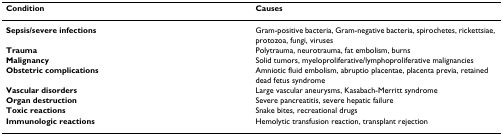
<table><thead><tr><td><b>Condition</b></td><td><b>Causes</b></td></tr></thead><tbody><tr><td><b>Sepsis/severe infections</b></td><td>Gram-positive bacteria, Gram-negative bacteria, spirochetes, rickettsiae, protozoa, fungi, viruses</td></tr><tr><td><b>Trauma</b></td><td>Polytrauma, neurotrauma, fat embolism, burns</td></tr><tr><td><b>Malignancy</b></td><td>Solid tumors, myeloproliferative/lymphoproliferative malignancies</td></tr><tr><td><b>Obstetric complications</b></td><td>Amniotic fluid embolism, abruptio placentae, placenta previa, retained dead fetus syndrome</td></tr><tr><td><b>Vascular disorders</b></td><td>Large vascular aneurysms, Kasabach-Merritt syndrome</td></tr><tr><td><b>Organ destruction</b></td><td>Severe pancreatitis, severe hepatic failure</td></tr><tr><td><b>Toxic reactions</b></td><td>Snake bites, recreational drugs</td></tr><tr><td><b>Immunologic reactions</b></td><td>Hemolytic transfusion reaction, transplant rejection</td></tr></tbody></table>